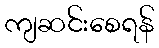
ကျဆင်းစေရန်